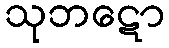
သုဘဋော